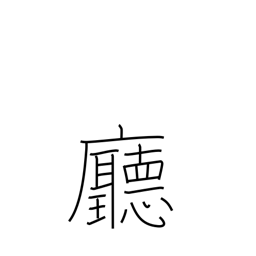
Meaning: hall